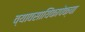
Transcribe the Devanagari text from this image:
व्यावसायिंकापेक्षा